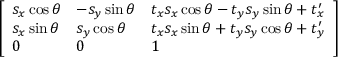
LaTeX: \left[ \begin{array} { l l l } { s _ { x } \cos \theta } & { - s _ { y } \sin \theta } & { t _ { x } s _ { x } \cos \theta - t _ { y } s _ { y } \sin \theta + t _ { x } ^ { \prime } } \\ { s _ { x } \sin \theta } & { s _ { y } \cos \theta } & { t _ { x } s _ { x } \sin \theta + t _ { y } s _ { y } \cos \theta + t _ { y } ^ { \prime } } \\ { 0 } & { 0 } & { 1 } \end{array} \right]